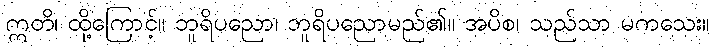
ဣတိ၊ ထို့ကြောင့်။ ဘူရိပညော၊ ဘူရိပညောမည်၏။ အပိစ၊ သည်သာ မကသေး။